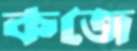
কজে